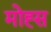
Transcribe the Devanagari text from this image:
मोह्स